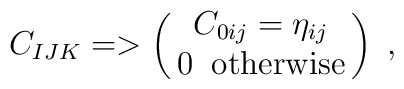
C_{IJK}=> \left (\matrix{C_{0ij}= \eta_{ij}\cr0 \; \; {\rm otherwise} \cr}\right ) \ ,